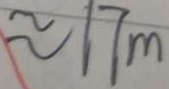
\approx 1 7 m